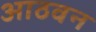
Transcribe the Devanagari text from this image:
आठवन